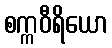
စက္ကဝီရိယော